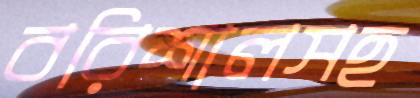
বরিশালসহ